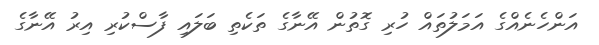
އަންހެނެއްގެ އަމަލުތައް ހުރި ގޮތުން އޭނާގެ ތަކެތި ބަލައި ފާސްކުރި އިރު އޭނާގެ